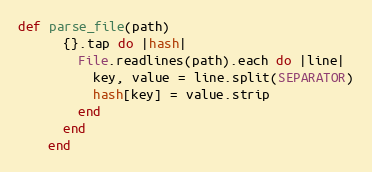
Language: Ruby
def parse_file(path)
      {}.tap do |hash|
        File.readlines(path).each do |line|
          key, value = line.split(SEPARATOR)
          hash[key] = value.strip
        end
      end
    end